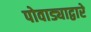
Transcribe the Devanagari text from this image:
पोवाड्याद्वारे